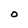
Character: O